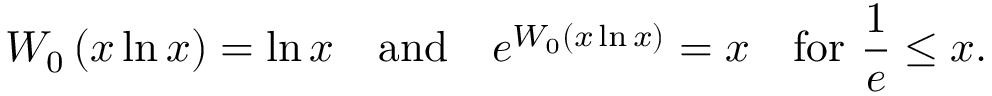
W _ { 0 } \left( x \ln x \right) = \ln x \quad { \mathrm { a n d } } \quad e ^ { W _ { 0 } \left( x \ln x \right) } = x \quad { \mathrm { f o r ~ } } { \frac { 1 } { e } } \leq x .